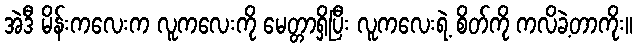
အဲဒီ မိန်းကလေးက လူကလေးကို မေတ္တာရှိပြီး လူကလေးရဲ့ စိတ်ကို ကလိခဲ့တာကိုး။